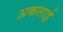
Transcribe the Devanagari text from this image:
अकलाई